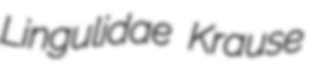
Lingulidae Krause